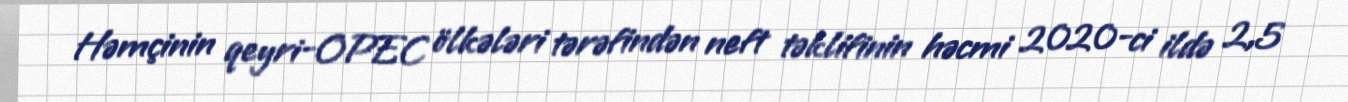
Həmçinin qeyri-OPEC ölkələri tərəfindən neft təklifinin həcmi 2020-ci ildə 2,5